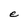
Character: e